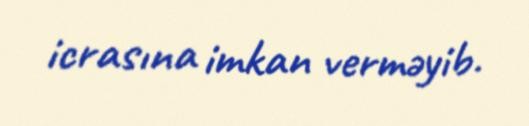
icrasına imkan verməyib.